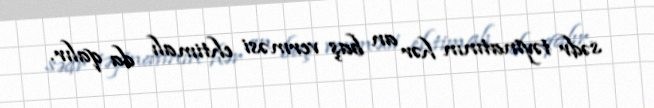
sədr təyinatının hər an baş verməsi ehtimalı da qalır.